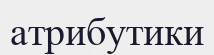
атрибутики